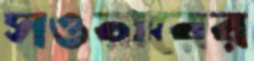
সওয়ারের